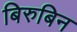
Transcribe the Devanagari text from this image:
बिरुबिन